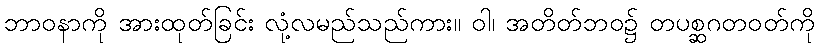
ဘာဝနာကို အားထုတ်ခြင်း လုံ့လမည်သည်ကား။ ဝါ၊ အတိတ်ဘဝ၌ တပစ္ဆဂတဝတ်ကို